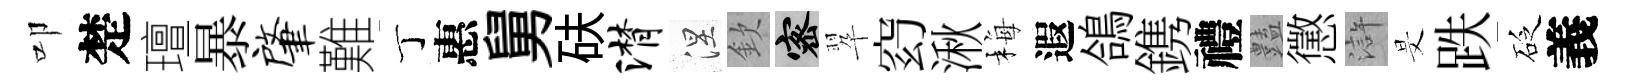
叩楚璮暴肇難丁惠舅砆潸涅欽密翆𥥆湫梅遐鴿鎸禮𧰟懲滸旻跌砭義